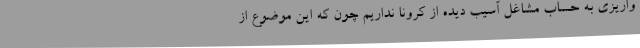
واریزی به حساب مشاغل آسیب دیده از کرونا نداریم چون که این موضوع از